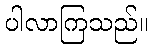
ပါလာကြသည်။